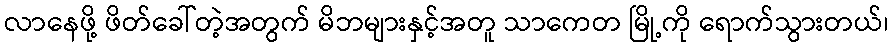
လာနေဖို့ ဖိတ်ခေါ်တဲ့အတွက် မိဘများနှင့်အတူ သာကေတ မြို့ကို ရောက်သွားတယ်၊